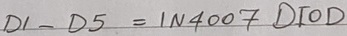
Text: D1-D5=IN4007DIOD